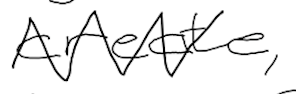
Text: create,
Cross-out: zig-zag
Writing tool: digital_black